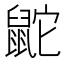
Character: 鼧